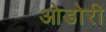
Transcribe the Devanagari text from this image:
ओडोरी